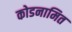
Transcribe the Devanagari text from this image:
कोडनामित